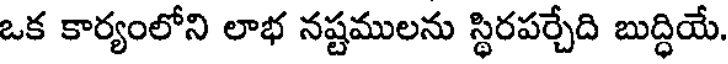
ఒక కార్యంలోని లాభ నష్టములను స్థిరపర్చేది బుద్ధియే.